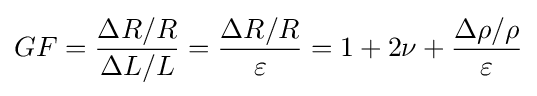
GF={\frac {\Delta R/R}{\Delta L/L}}={\frac {\Delta R/R}{\varepsilon }}=1+2\nu +{\frac {\Delta \rho /\rho }{\varepsilon }}